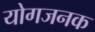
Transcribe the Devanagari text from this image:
योगजनक